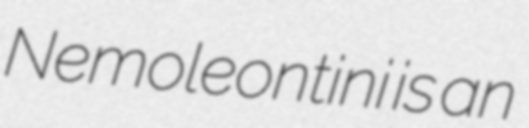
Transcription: Nemoleontini is an